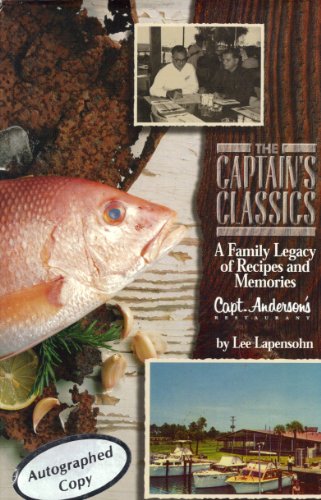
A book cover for Capt. Anderson's cookbook; Lee Lapensohn; Travel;